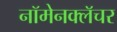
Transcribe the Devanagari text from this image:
नॉमेनक्लॅचर